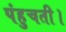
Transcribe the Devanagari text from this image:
पंहुचती।